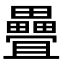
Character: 疊